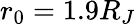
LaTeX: r_{0}=1.9R_{J}